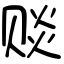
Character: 赕